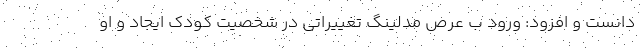
دانست و افزود: ورود ب عرص مدلینگ تغییراتی در شخصیت کودک ایجاد و او